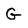
Character: G